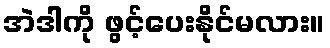
အဲဒါကို ဖွင့်ပေးနိုင်မလား။